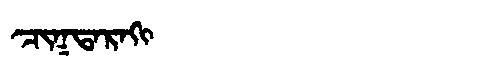
Manchu: ᠴᡳᡴᡨᠠᡵᠠᡴᡳ
Romanization: CIKTARAKI